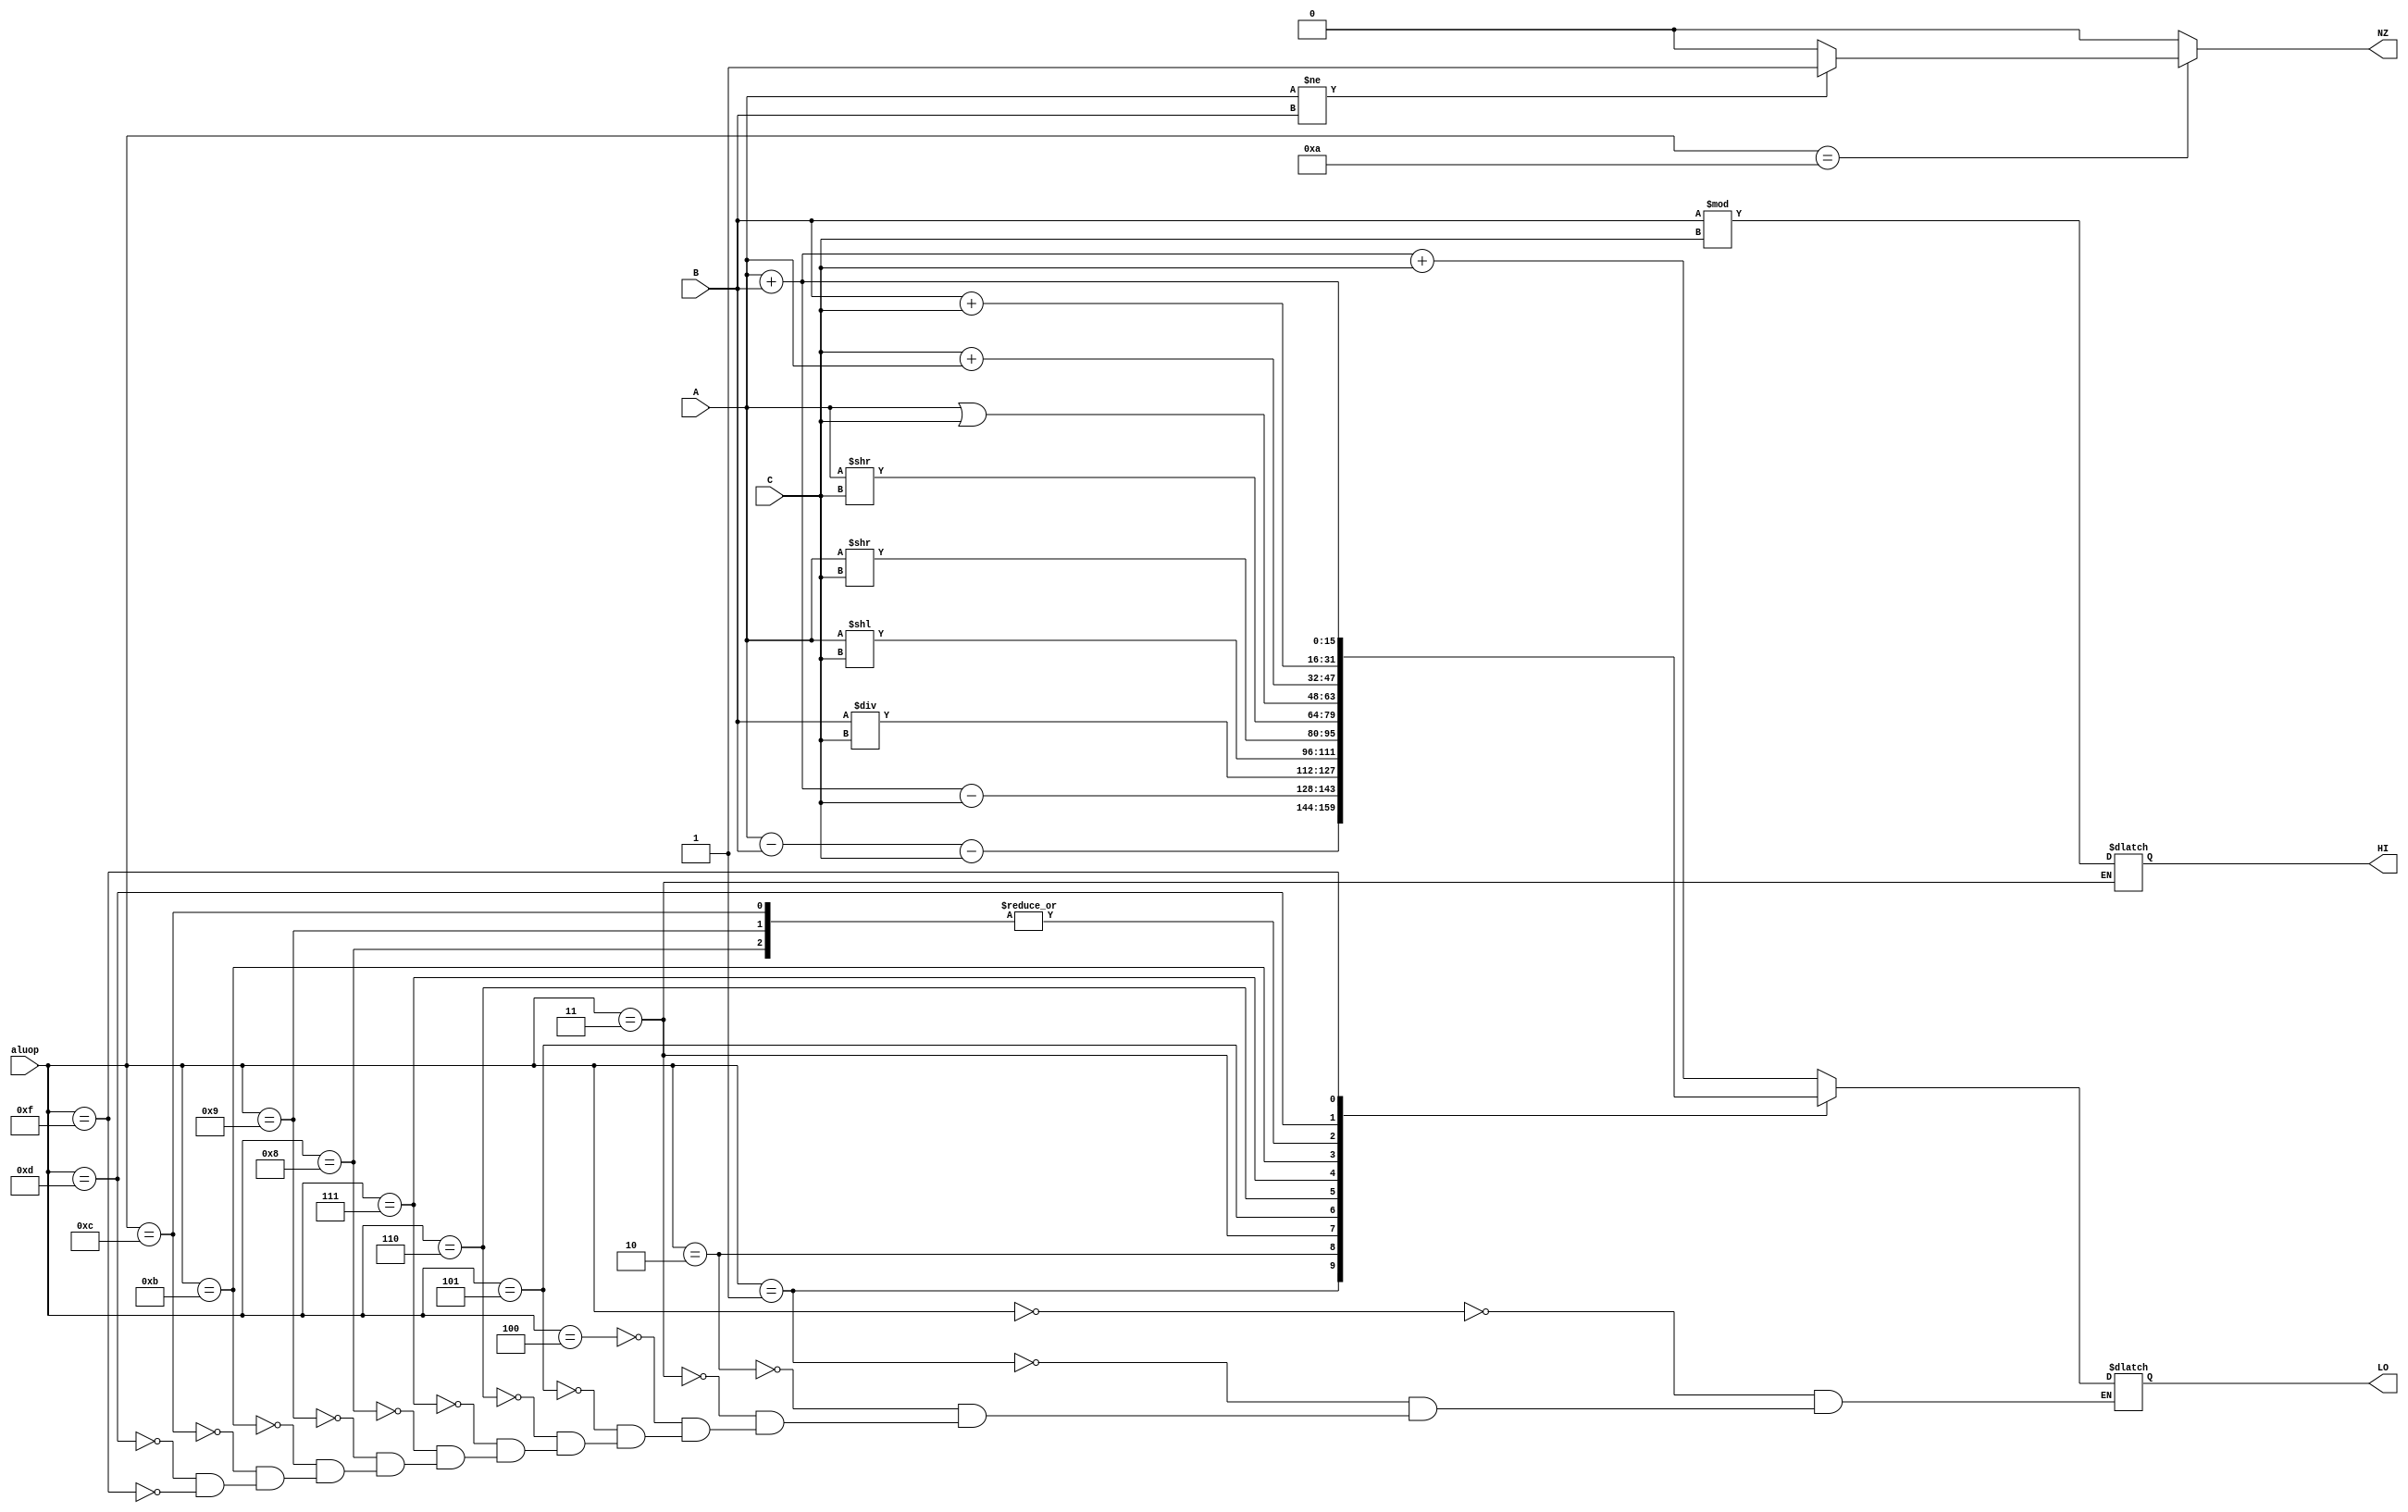
module ALU(input[3:0] aluop, input[15:0] A, input[15:0] B, input[15:0] C, output reg [15:0] LO, output reg[15:0] HI, output reg NZ);

	wire[15:0] out1; wire[15:0] out2;
	always @ (aluop,A,B,C) begin
		//HI=0;
		NZ=0;
		case(aluop)
			4'b0000: LO=A+B+C;
			4'b0001: LO=A-B-C;
			4'b0010: LO=A+B-C;
			4'b0011: begin
						LO=B/C; 
						HI=B%C;
					 end
			4'b0100: LO=A+B+C;
			4'b0101: LO=A<<C;
			4'b0110: LO=A>>C;
			4'b0111: LO=$signed(A)>>C;
			4'b1000: LO=C+A;
			4'b1001: LO=C+A;
			4'b1010: begin
						if (A!=B)
							NZ=1;
						end
			4'b1011: LO = A|C;
			4'b1100: LO = A+C; 
			4'b1101: LO = B+C; //JALR
			4'b1111: LO = A+B;
		endcase
	end

endmodule